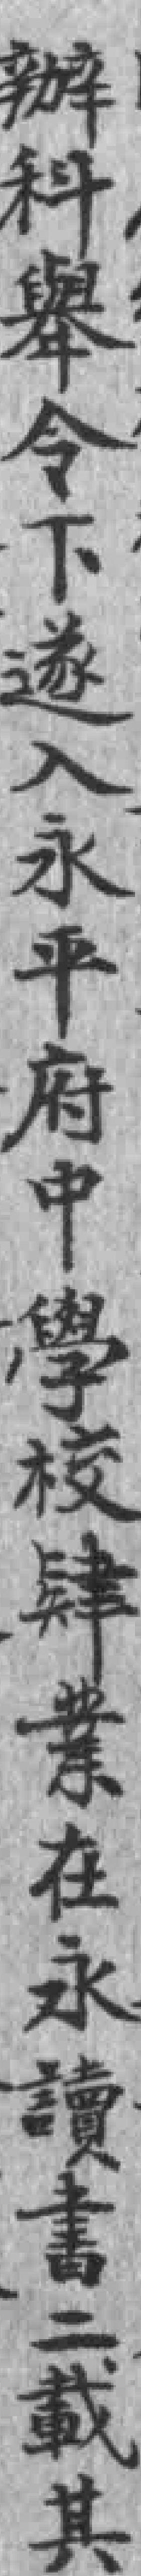
辦科舉今下遂入永平府中學校肆業在永讀書二載其